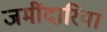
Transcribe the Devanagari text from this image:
जमींदारियां